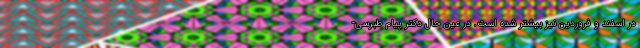
در اسفند و فروردین نیز بیشتر شده است. در عین حال دکتر پیام طبرسی-